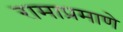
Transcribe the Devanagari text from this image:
रामाप्रमाणे